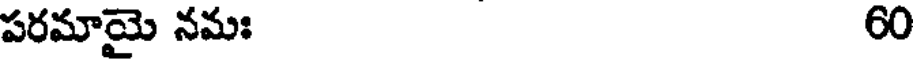
పరమాయై నమః 60